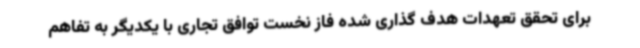
برای تحقق تعهدات هدف گذاری شده فاز نخست توافق تجاری با یکدیگر به تفاهم